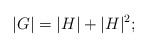
\begin{align*}|G| = |H| + |H|^2; \end{align*}